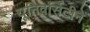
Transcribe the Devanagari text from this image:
यूनिवर्सिटीने